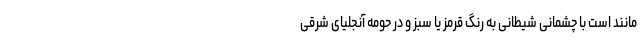
مانند است با چشمانی شیطانی به رنگ قرمز یا سبز و در حومه آنجلیای شرقی